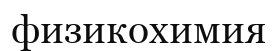
физикохимия